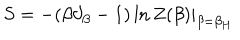
S = - ( \beta \partial _ { \beta } - 1 ) \ln Z ( \beta ) | _ { \beta = \beta _ { H } }